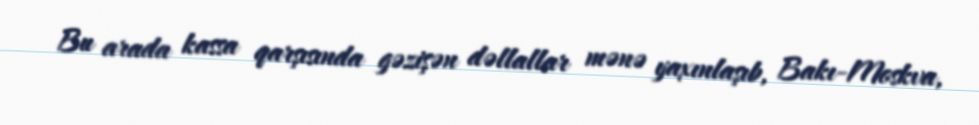
Bu arada kassa qarşısında gəzişən dəllallar mənə yaxınlaşıb, Bakı-Moskva,